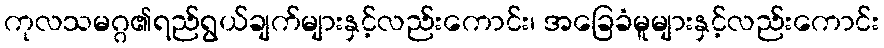
ကုလသမဂ္ဂ၏ရည်ရွယ်ချက်များနှင့်လည်းကောင်း၊ အခြေခံမူများနှင့်လည်းကောင်း